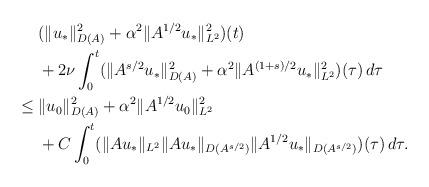
LaTeX: \begin{align*}&\;(\|u_*\|_{D(A)}^2+\alpha^2 \|A^{1/2}u_*\|_{L^2}^2)(t)\\&\;+2\nu\int_0^t(\|A^{s/2}u_*\|^2_{D(A)} +\alpha^2\|A^{(1+s)/2}u_*\|^2_{L^2})(\tau)\,d\tau\\\leq &\;\|u_0\|_{D(A)}^2+\alpha^2 \|A^{1/2}u_0\|_{L^2}^2 \\&\;+C\int_0^t (\|Au_*\|_{L^2}\| Au_*\|_{D(A^{s/2})}\|A^{1/2} u_*\|_{D(A^{s/2})})(\tau)\,d\tau.\end{align*}